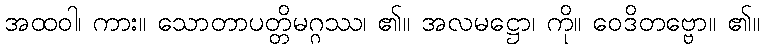
အထဝါ၊ ကား။ သောတာပတ္တိမဂ္ဂဿ၊ ၏။ အလမဋ္ဌော၊ ကို။ ဝေဒိတဗ္ဗော။ ၏။